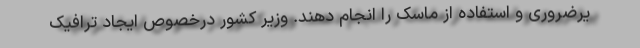
یرضروری و استفاده از ماسک را انجام دهند. وزیر کشور درخصوص ایجاد ترافیک